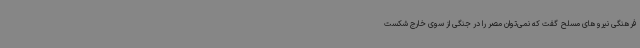
فرهنگی نیروهای مسلح گفت که نمی‌توان مصر را در جنگی از سوی خارج شکست